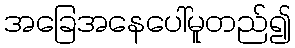
အခြေအနေပေါ်မူတည်၍